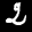
Label: 2